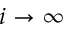
i \rightarrow \infty